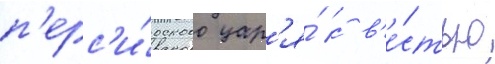
п'ерс'и́дского цар'я́ с в'е́стью